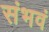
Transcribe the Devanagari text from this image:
संभवं